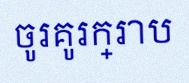
ចូរគូរក្រាប